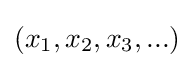
(x_{1},x_{2},x_{3},...)